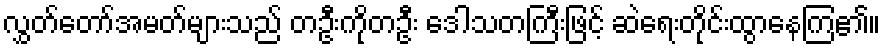
လွှတ်တော်အမတ်များသည် တဦးကိုတဦး ဒေါသတကြီးဖြင့် ဆဲရေးတိုင်းထွာနေကြ၏။